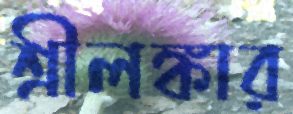
শ্রীলঙ্কার